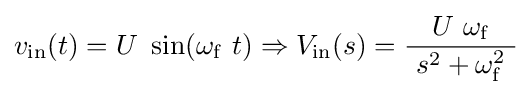
v_{\mathrm {in} }(t)=U\ \sin(\omega _{\mathrm {f} }\ t)\Rightarrow V_{\mathrm {in} }(s)={\frac {\ U\ \omega _{\mathrm {f} }\ }{\ s^{2}+\omega _{\mathrm {f} }^{2}\ }}